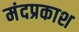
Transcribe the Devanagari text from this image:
मंदप्रकाश